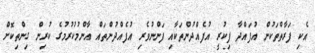
އެކި ފަރާތްތަކުން އުފައްދާ ފިކުރީ އުފެއްދުންތަކާއި ފަންނުވެރި އުފެއްދުންތައް އާންމުކުރުމުގެ ކުރިން ގިންތިކޮށް